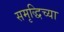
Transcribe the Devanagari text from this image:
समृद्धिच्या